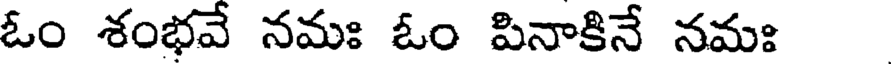
ఓం శంభవే నమః ఓం పినాకినే నమః